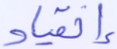
إنقياد